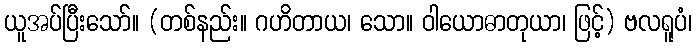
ယူအပ်ပြီးသော်။ (တစ်နည်း။ ဂဟိတာယ၊ သော။ ဝါယောဓာတုယာ၊ ဖြင့်) ဗလရူပံ၊